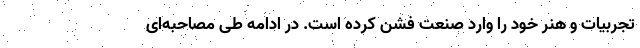
تجربیات و هنر خود را وارد صنعت فشن کرده است. در ادامه طی مصاحبه‌ای